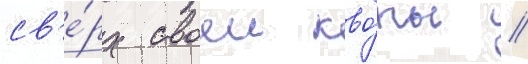
св'е́рх своеи кво́ты //